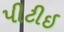
પીટીઇ